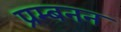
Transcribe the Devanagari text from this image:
प्रम्बनन